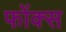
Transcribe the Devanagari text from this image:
फोंक्स